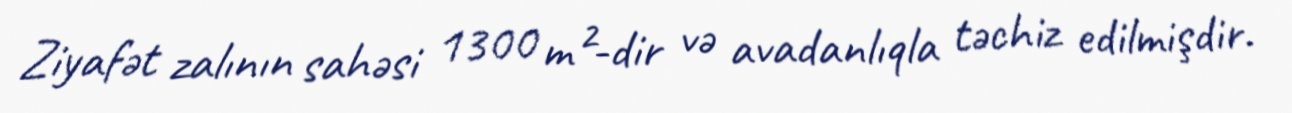
Ziyafət zalının sahəsi 1300 m²-dir və avadanlıqla təchiz edilmişdir.